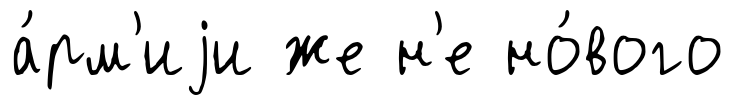
а́рм'иjи же н'е но́вого